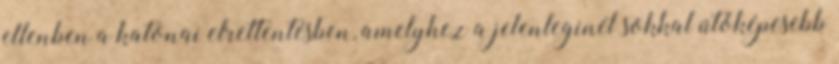
ellenben a katonai elrettentésben, amelyhez a jelenleginél sokkal ütőképesebb